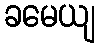
ခမေယျ